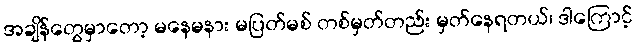
အချိန်တွေမှာတော့ မနေမနား မပြတ်မစ် တစ်မှတ်တည်း မှတ်နေရတယ်၊ ဒါကြောင့်